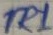
Text: TR1